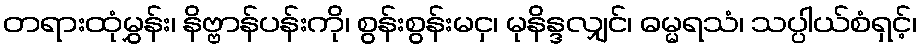
တရားထုံမွှန်း၊ နိဗ္ဗာန်ပန်းကို၊ စွန်းစွန်းမငှ၊ မုနိန္ဒလျှင်၊ ဓမ္မရသံ၊ သပ္ပါယ်စံရှင့်၊